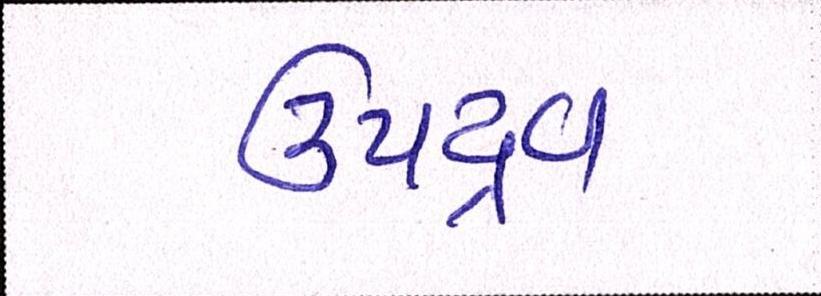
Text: ઉપદ્રવ